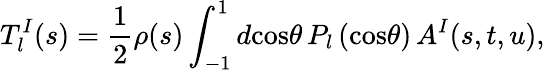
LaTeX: T_{l}^{I}(s)=\frac{1}{2}\rho(s)\int_{-1}^{1}d\mathrm{cos}\theta\, P_{l}\left(\mathrm{cos}\theta\right)\, A^{I}(s,t,u),